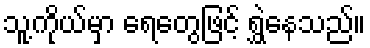
သူ့ကိုယ်မှာ ရေတွေဖြင့် ရွှဲနေသည်။